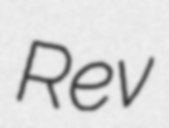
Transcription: Rev